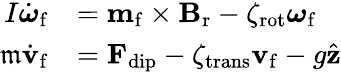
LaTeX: \begin{array}{rl}{I\dot{\boldsymbol{\omega}}_{\mathrm{f}}}&{=\mathbf{m}_{\mathrm{f}}\times\mathbf{B}_{\mathrm{r}}-\zeta_{\mathrm{rot}}\boldsymbol{\omega}_{\mathrm{f}}}\\ {\mathfrak{m}\dot{\mathbf{v}}_{\mathrm{f}}}&{=\mathbf{F}_{\mathrm{dip}}-\zeta_{\mathrm{trans}}\mathbf{v}_{\mathrm{f}}-g\hat{\mathbf{z}}}\end{array}